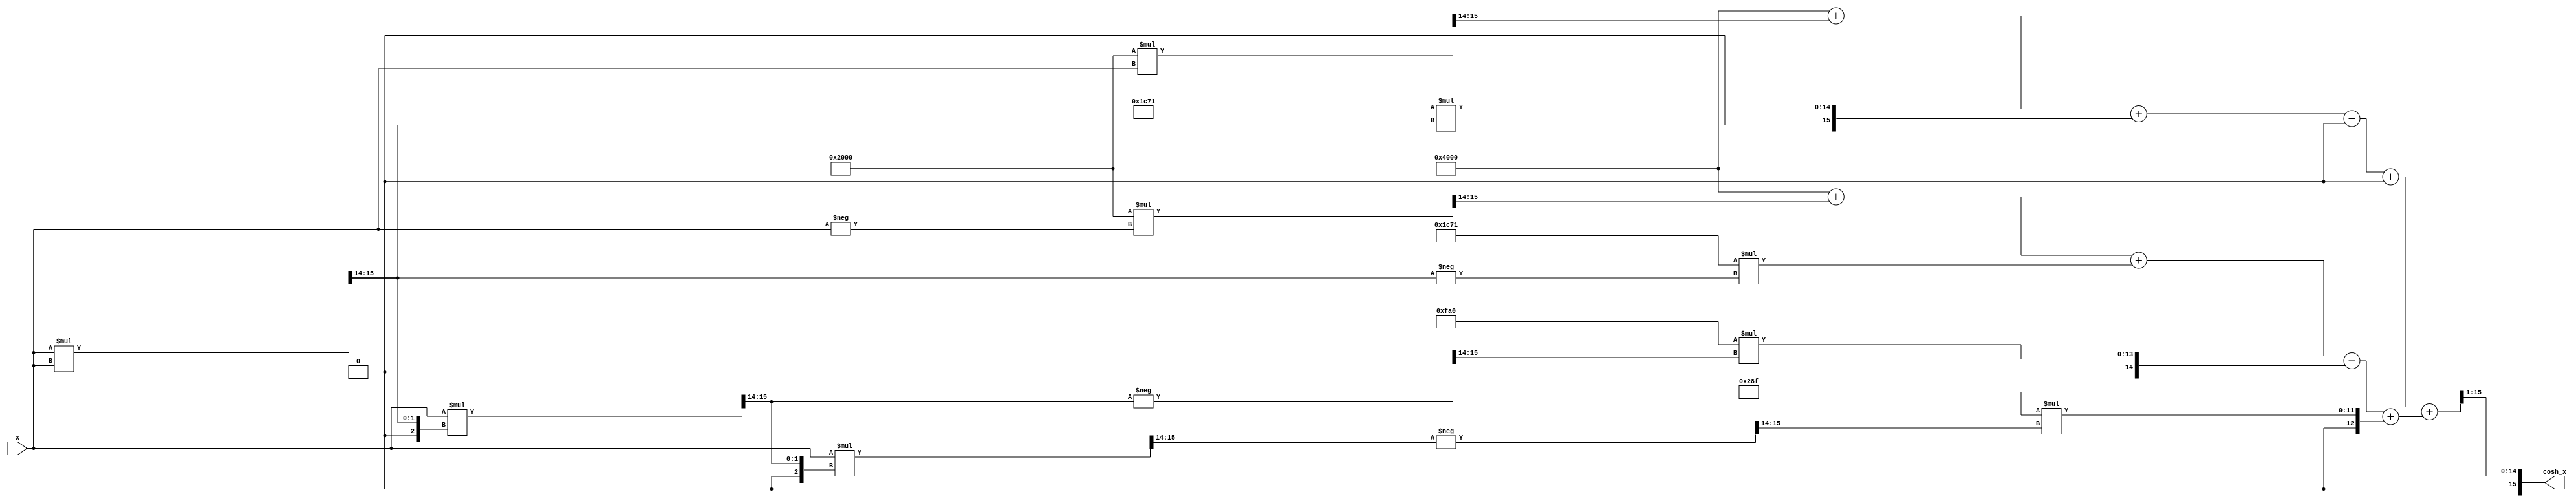
module hyperbolic_cosh(
    input  wire signed [15:0] x,      // Input x, 16-bit signed fixed-point
    output reg  signed [15:0] cosh_x   // Output cosh(x), 16-bit signed fixed-point
);
    // Polynomial coefficients for e^x using Taylor series: e^x  1 + x + x^2/2! + x^3/3! + x^4/4!
    parameter signed [15:0] COEFF_0 = 16'h4000; // 1.0
    parameter signed [15:0] COEFF_1 = 16'h2000; // 0.5
    parameter signed [15:0] COEFF_2 = 16'h1C71; // ~0.1667
    parameter signed [15:0] COEFF_3 = 16'h0FA0; // ~0.04167
    parameter signed [15:0] COEFF_4 = 16'h028F; // ~0.00833

    wire signed [15:0] x2  = (x * x) >> 14; // x^2 / 16384
    wire signed [15:0] x3  = (x * x2) >> 14; // x^3 / 16384
    wire signed [15:0] x4  = (x * x3) >> 14; // x^4 / 16384

    wire signed [15:0] exp_x = COEFF_0 + (COEFF_1 * x >> 14) + (COEFF_2 * x2) + (COEFF_3 * x3 >> 14) + (COEFF_4 * x4 >> 14);
    wire signed [15:0] exp_neg_x = COEFF_0 + (COEFF_1 * -x >> 14) + (COEFF_2 * (-x2)) + (COEFF_3 * (-x3 >> 14)) + (COEFF_4 * (-x4 >> 14));
    
    always @(*) begin
        // Calculate cosh(x)
        cosh_x = (exp_x + exp_neg_x) >> 1; // final cosh(x) = (e^x + e^(-x)) / 2
    end

endmodule